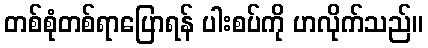
တစ်စုံတစ်ရာပြောရန် ပါးစပ်ကို ဟလိုက်သည်။